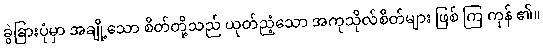
ခွဲခြားပုံမှာ အချို့သော စိတ်တို့သည် ယုတ်ညံ့သော အကုသိုလ်စိတ်များ ဖြစ် ကြ ကုန် ၏။